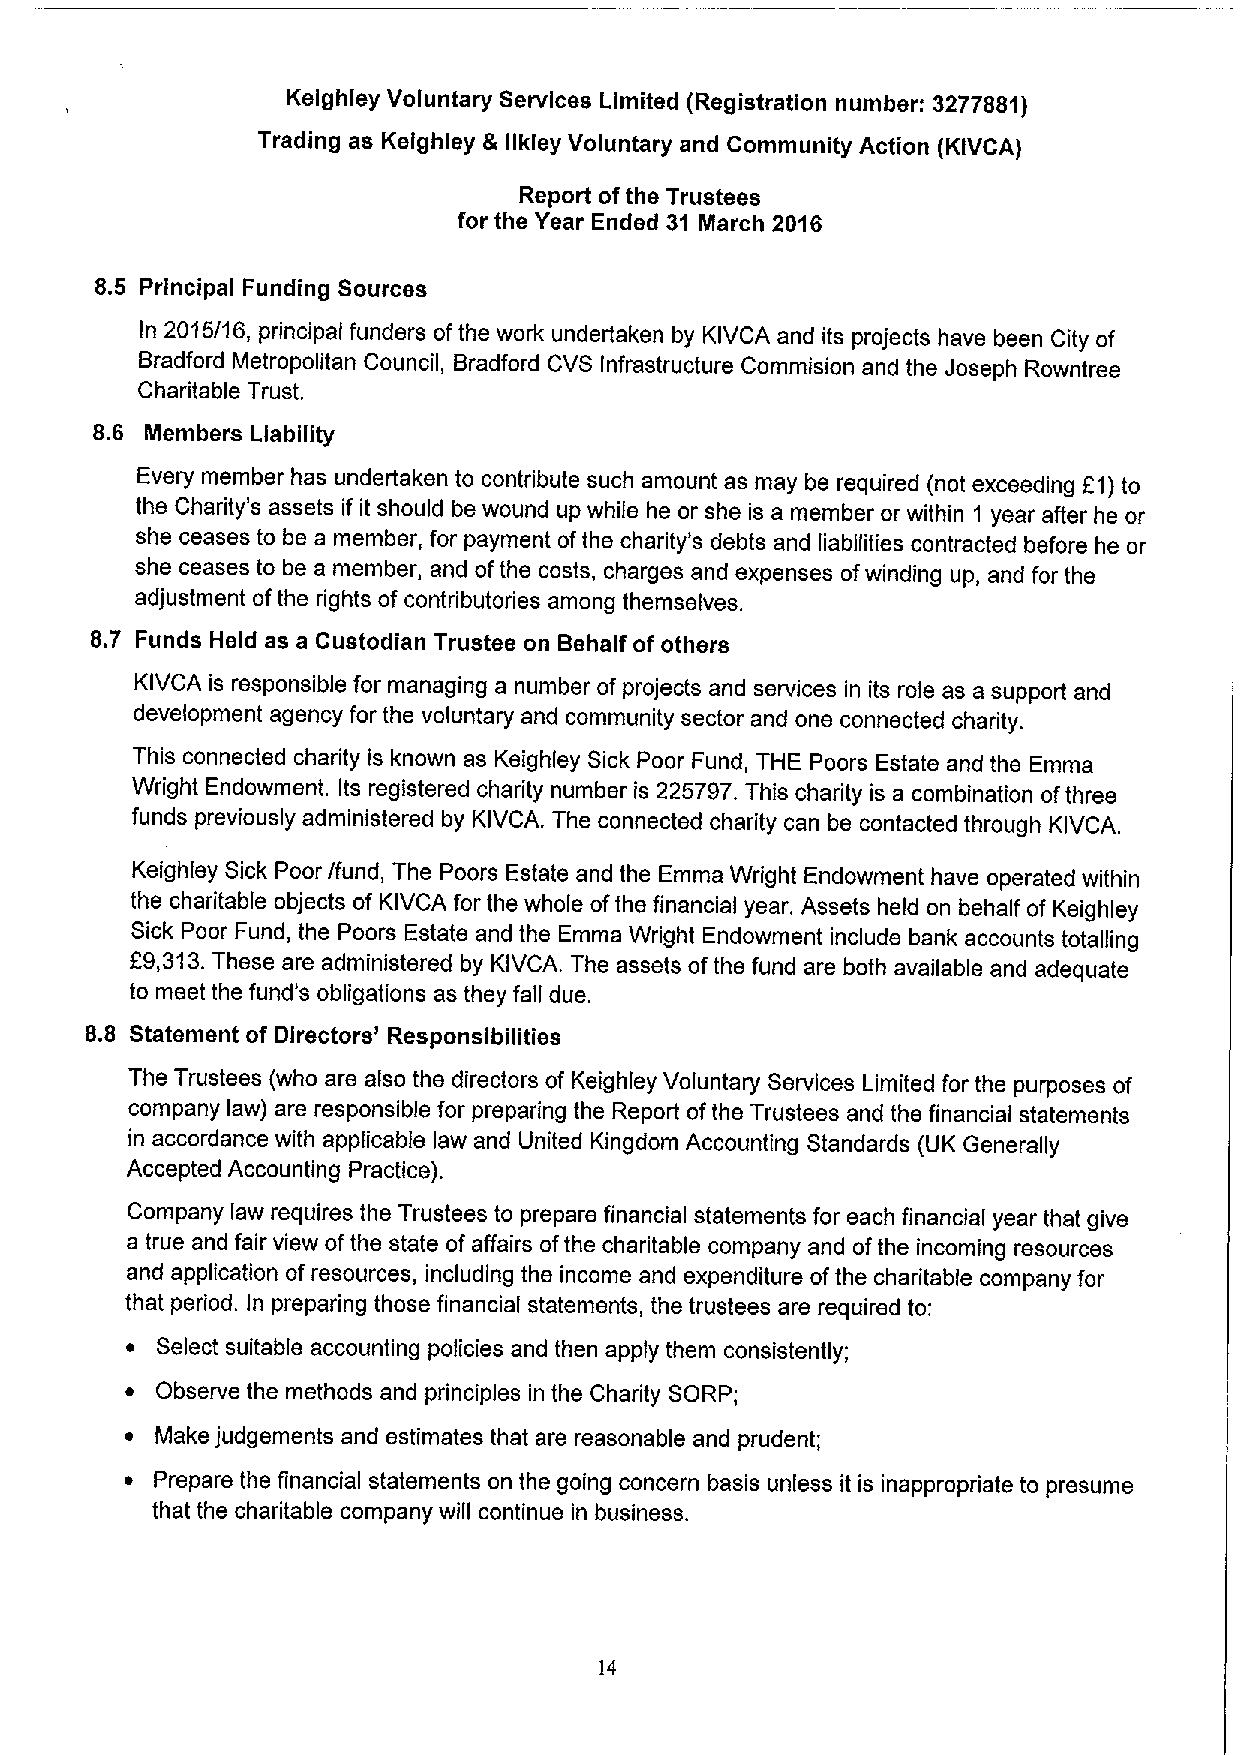
Kelghley Voluntary Services Limited (Registration number: 3277881)
 Trading as Kelghley & llkley Voluntary and Community Action (KIVCA)
 Report ofthe Trustees
 for the Year Ended 31 March 2016
 8.5 Principal Funding Sources
 In 2015/16, principal funders ofthe work undertaken by KIVCA and its projects have been City of
 Bradford Metropolitan Council, Bradford CVS Infrastructure Commision and the Joseph Rowntree
 Charitable Trust.
 8.6 Members Liability
 Every member has undertaken to contribute such amount as may be required (not exceeding L'1)to
 the Charity's assets if it should be wound up while he or she is a member or within 1 year after he or
 she ceases to be a member, for payment ofthe charity's debts and liabilities contracted before he or
 she ceases to be a member, and ofthe costs, charges and expenses ofwinding up, and for the
 adjustment ofthe rights of contributories among themselves.
 8.7 Funds Held as a Custodian Trustee on Behalf of others
 KIVCA is responsible for managing a number of projects and services in its role as a support and
 development agency for the voluntary and community sector and one connected charity.
 This connected charity is known as Keighley Sick Poor Fund, THE Poors Estate and the Emma
 Wright Endowment. Its registered charity number is 225797.This charity is a combination ofthree
 funds previously administered by KIVCA. The connected charity can be contacted through KIVCA.
 Keighley Sick Poor /fund, The Poors Estate and the Emma Wright Endowment have operated within
 the charitable objects of KIVCA for the whole ofthe financial year. Assets held on behalf of Keighley
 Sick Poor Fund, the Poors Estate and the Emma Wright Endowment include bank accounts totalling
 F9,313.These are administered by KIVCA. The assets ofthe fund are both available and adequate
 to meet the fund's obligations as they fall due.
 8.8 Statement of Directors' Responsibilities
 The Trustees (who are also the directors of Keighley Voluntary Services Limited for the purposes of
 company law) are responsible for preparing the Report ofthe Trustees and the financial statements
 in accordance with applicable law and United Kingdom Accounting Standards (UK Generally
 Accepted Accounting Practice).
 Company law requires the Trustees to prepare financial statements for each financial year that give
 a true and fair view ofthe state of affairs ofthe charitable company and ofthe incoming resources
 and application of resources, including the income and expenditure ofthe charitable company for
 that period. In preparing those financial statements, the trustees are required to:
 ~ Select suitable accounting policies and then apply them consistently;
 ~ Observe the methods and principles in the Charity SORP;
 ~ Make judgements and estimates that are reasonable and prudent;
 ~ Prepare the financial statements on the going concern basis unless it is inappropriate to presume
 that the charitable company will continue in business.